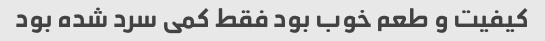
کیفیت و طعم خوب بود فقط کمی سرد شده بود